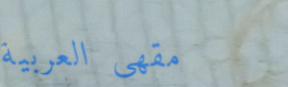
مقهى العربية